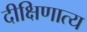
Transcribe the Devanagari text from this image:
दीक्षिणात्य